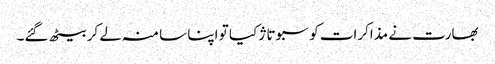
بھارت نے مذاکرات کو سبوتاژ کیا تو اپنا سا منہ لے کر بیٹھ گئے۔